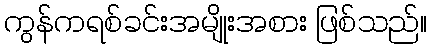
ကွန်ကရစ်ခင်းအမျိုးအစား ဖြစ်သည်။